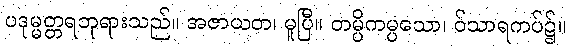
ပဒုမ္မတ္တရဘုရားသည်။ အဇာယတ၊ မူပြီ။ တမ္ပိကမ္ပသော၊ ဝ်သာရကပ်၌။